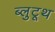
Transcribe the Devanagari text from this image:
ब्लुटूथ